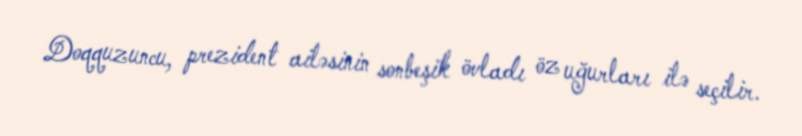
Doqquzuncu, prezident ailəsinin sonbeşik övladı öz uğurları ilə seçilir.